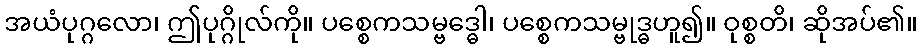
အယံပုဂ္ဂလော၊ ဤပုဂ္ဂိုလ်ကို။ ပစ္စေကသမ္ဗဒ္ဓေါ၊ ပစ္စေကသမ္ဗုဒ္ဓဟူ၍။ ဝုစ္စတိ၊ ဆိုအပ်၏။